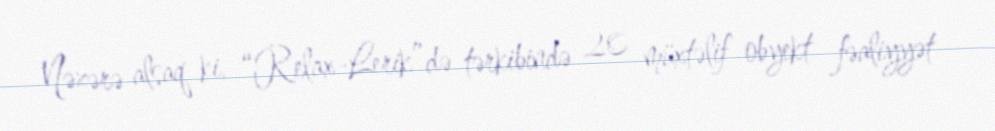
Nəzərə alsaq ki, “Relax-Lerik”də tərkibində 20 müxtəlif obyekt fəaliyyət